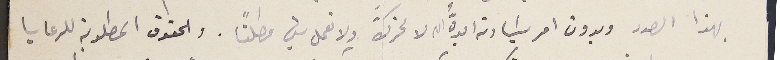
بهذا الصدد وبدون امر سَيادته ايدهُّ الله لا نحرك ولا نعمل شيء مطلقًا. والحقوق المطلوبة للرعايا